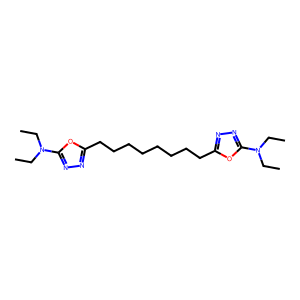
SMILES: CCN(CC)c1nnc(CCCCCCCCc2nnc(N(CC)CC)o2)o1
Inhibits HIV replication: No